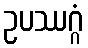
ဥပဿဂ္ဂံ